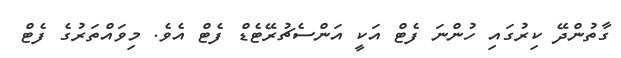
ގާތުންދޭ ކިރުގައި ހުންނަ ފެޓް އަކީ އަންސެޗުރޭޓެޑް ފެޓް އެވެ. މިވައްތަރުގެ ފެޓް